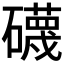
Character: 礣